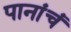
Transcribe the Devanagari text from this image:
पानांचं